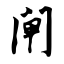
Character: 闸